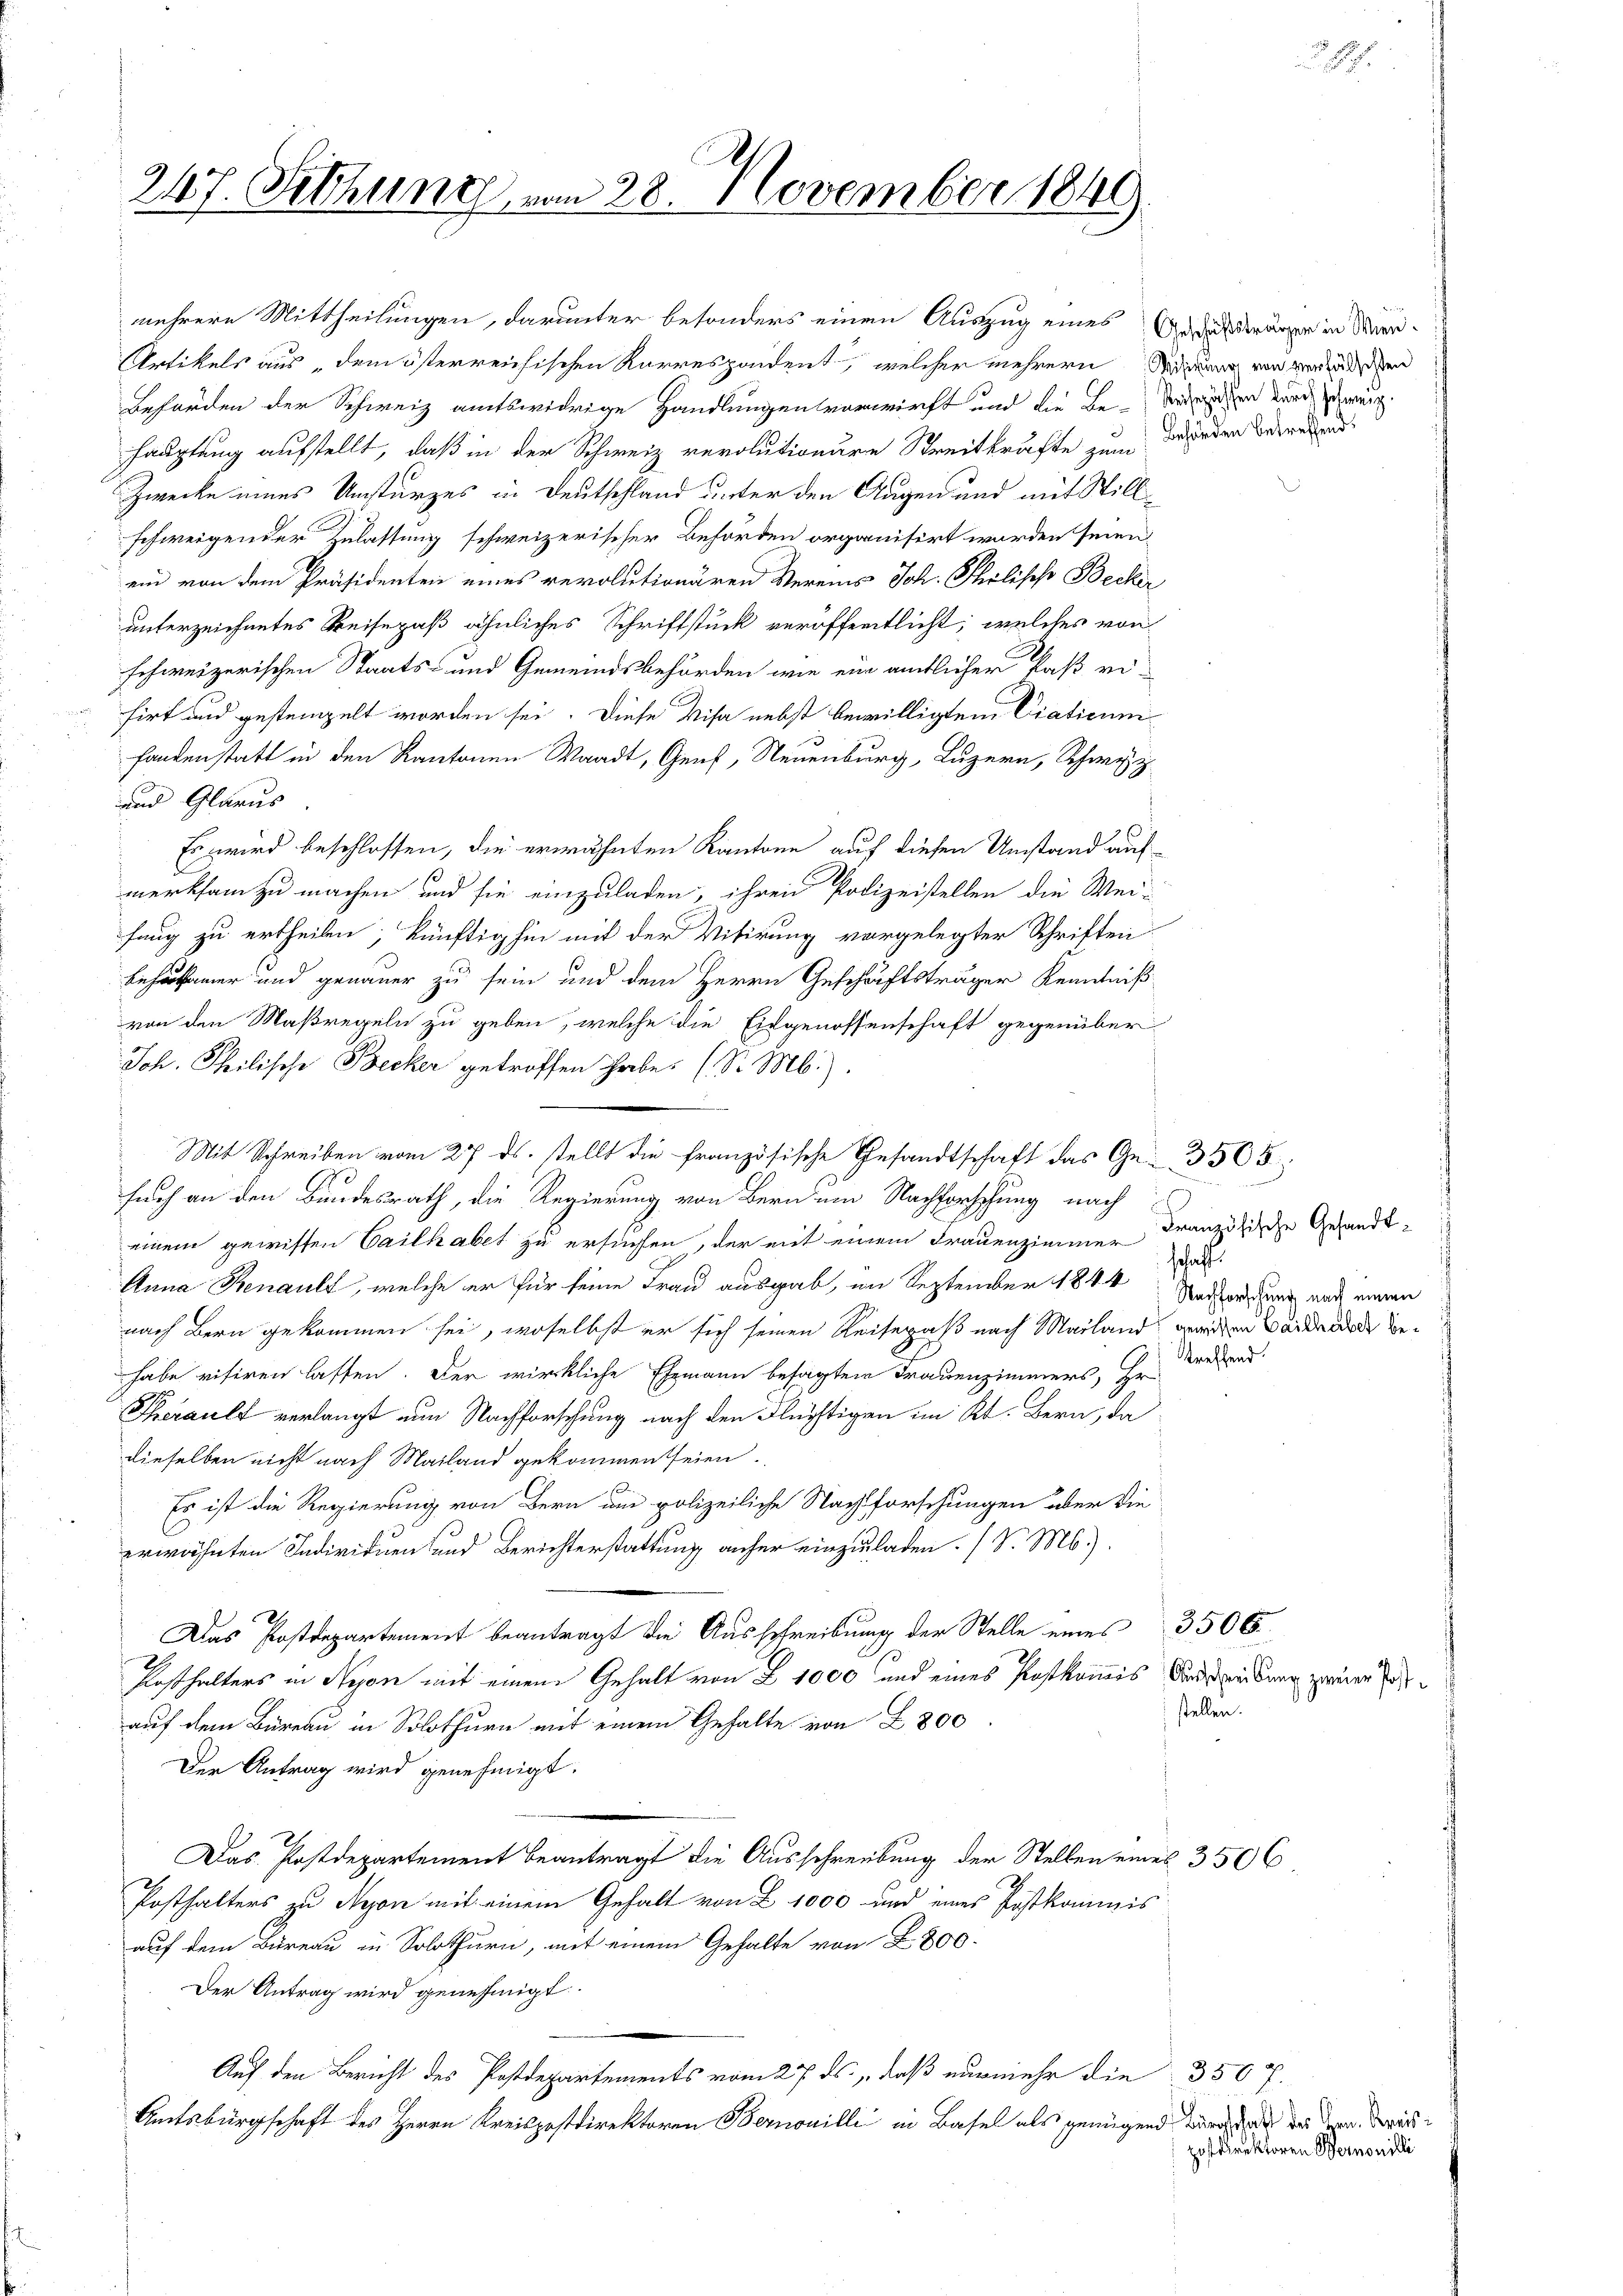
247. Setzung vom 28. November 1849

mehrere Mittheilungen, darunter besonders einen Auszug eines Ander Kränze in Mar¬
Artikels aus, dem österreichischen Korrespondent, welcher mehrern Meinung von werden
Beförden der Schweiz amtswidrige Handlungen vorwirft und die Be- Von den durch zweig.
hauptung aufstellt, daß in der Schweiz verolutionere Streitkräfte zum Wieden Betretend
Zwecke eines Umsturzes in Deutschland unter den Augen und mit Stillschweigender Zulassung schweizerischer Behörden organisirt worden seien,
ein von dem Präsidenten eines revolutionären Vereins Joh. Philische Becker
unterzeichnetes Reisepaß ähnliches Schriftstück veröffentlicht; welches von
schweizerischen Staats- und Gemeindsbehörden wie ein amtlicher Paß ri-
sirt und gestempelt worden sei. Diese Visa nebst bewilligtem Ciaticum
fandenstatt in den Kantonen Waadt, Genf, Neuenburg, Luzern, Schweiz
und Glarus
Es wird beschlossen, die erwähnten Kantone auf diesen Umstand auf
merksam zu machen und sie einzuladen, ihren Polizeistellen die Wei-
fung zu ertheilen, künftighin mit der Vitirung vorgelegter Schriften
Behutsamer und genauer zu sein und dem Herrn Geschäftsträger Kenntniß
von den Maßregeln zu geben, welche die Eidgenossenschaft gegenüber
Joh. Theilische Becker getroffen habe. (S. M.).
Mit Schreiben vom 27. ds. stellt die französische Gesandtschaft das Ge- 3505.
such an den Bundesrath, die Regierung von Bern um Nachforschung nach
einem gewissen Cailhabet zu ersuchen, der mit einem Frauenzimmer da
Anna Benault, welche er für seine Frau ausgab, im September 1844 Rasserung auch einen
nach Bern gekommen sei, woselbst er sich seinen Reisepaß nach Mailand gerien Bautende Behabe visiren lassen. Der wirkliche Ehemann besagten Frauenzimmers, Hr.
Therault verlangt nun Nachforschung nach den Flüchtigen im Kt. Bern, da
dieselben nicht nach Mailand gekommen seien.
Es ist die Regierung von Bern aus polizeiliche Nachforschungen aber die
erwähnten Individuen und Berichterstattung anher einzuladen. (v. Ms.).
Das Postdepartement beantragt die Ausschreibung der Stelle eines
Ap
Kesthalters in Nyon mit einem Gehalt von § 1000 und eines Postkommis Antreibung zweier Jo
auf dem Büreau in Solothurn mit einem Gehalte von 2800
Der Antrag wird genehmigt.
Das Postdepartement beantragt die Ausschreibung der Stellen eines 3 50 C
Posthalters zu Nyon mit einem Gehalt von Z. 1000 und eines Postkommis
auf dem Büreau in Solothurn, mit einem Gehalte von 2800.
Der Antrag wird genehmigt.
Auf den Bericht des Postdepartements vom 27. ds. daß nunmehr die 350 f.
Amtsbürgschaft des Herrn Kreispostdirektoren Bernouilli in Basel als genügend durch da der der das

Französische Gesandt¬

treffend

3506.
stellen.

2

.

postdirektoren Bernonilli